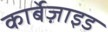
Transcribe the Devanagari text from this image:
कार्बेज़ाइड